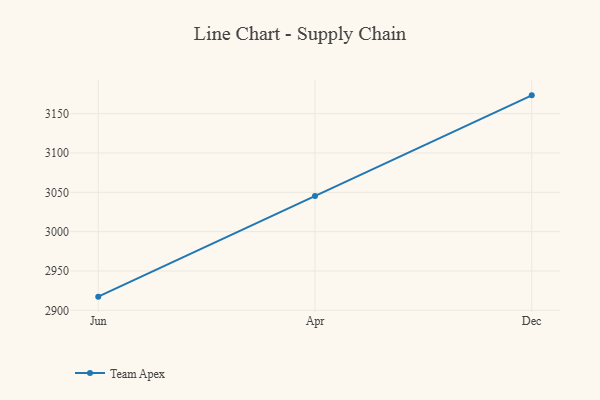
{"axis": {"x": "Month", "y": "Population (Million)"}, "legend": ["Team Apex"], "data": [{"x": "Jun", "y": 2917.4, "type": "Team Apex"}, {"x": "Apr", "y": 3045.2, "type": "Team Apex"}, {"x": "Dec", "y": 3173.2, "type": "Team Apex"}]}